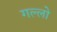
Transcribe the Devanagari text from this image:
गल्लो